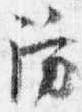
坊